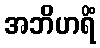
အဘိဟရိံ